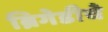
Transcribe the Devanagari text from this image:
ब्रिगेडीचे